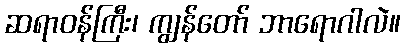
ဆရာဝန်ကြီး၊ ကျွန်တော် ဘာရောဂါလဲ။